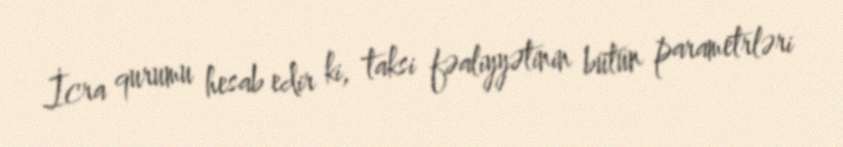
İcra qurumu hesab edir ki, taksi fəaliyyətinin bütün parametrləri